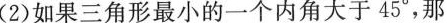
(2)如果三角形最小的一个内角大于45°，那